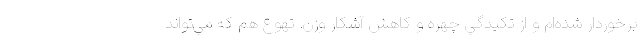
برخوردار شده‌ام و از تكيدگي چهره و كاهش آشكار وزن. تهوع هم كه مي‌تواند